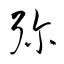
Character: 彌